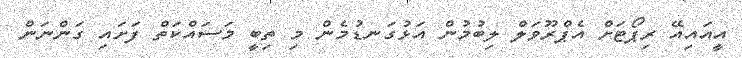
އީއައިއޭ ރިޕޯޓަށް އެޕްރޫވަލް ލިބުމުން އަޅުގަނޑުމެން މި ތިބީ މަސައްކަތް ފަށައި ގަންނަން